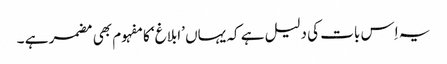
یہ اِس بات کی دلیل ہے کہ یہاں ’ابلاغ‘ کا مفہوم بھی مضمر ہے ۔